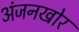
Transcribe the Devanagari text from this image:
अंजनखोर